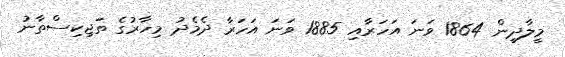
މީލާދީން 1864 ވަނަ އަހަރާއި 1885 ވަނަ އަހަރާ ދެމެދު މިހާރުގެ ތަޖިކިސްތާނު